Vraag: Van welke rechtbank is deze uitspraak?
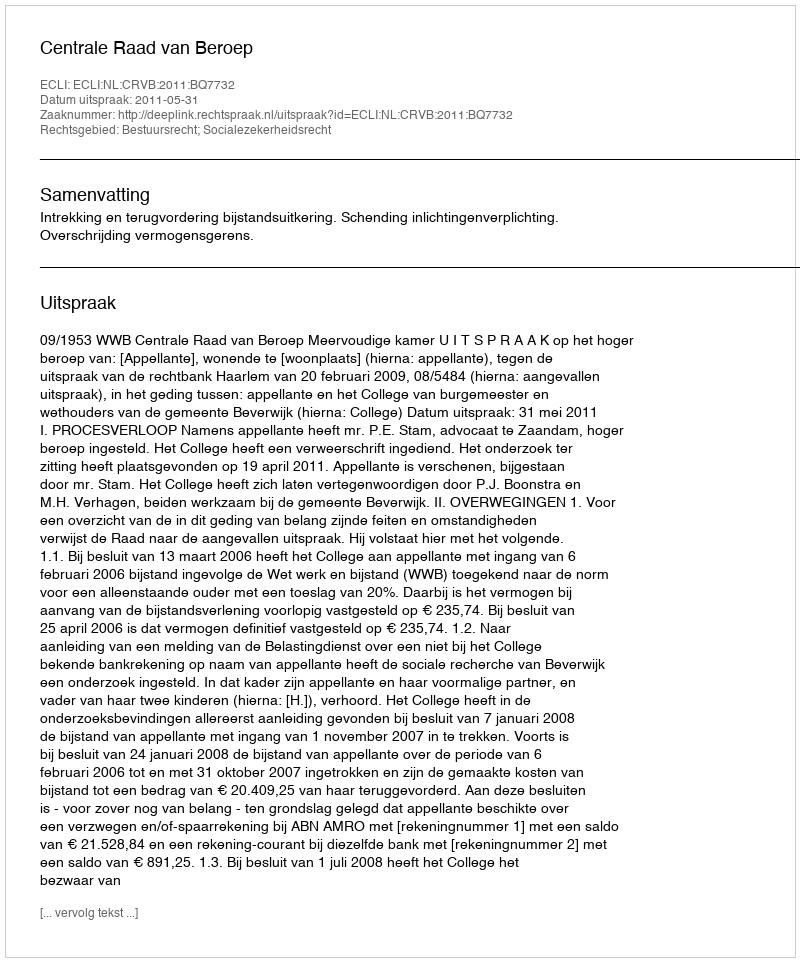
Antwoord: Centrale Raad van Beroep